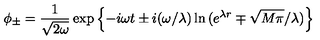
\phi _ { \pm } = \frac { 1 } { \sqrt { 2 \omega } } \exp \left\{ - i \omega t \pm i ( \omega / \lambda ) \ln { ( e ^ { \lambda r } \mp \sqrt { M \pi } / \lambda ) } \right\}